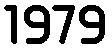
1979